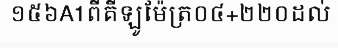
១៥៦A1ពីគីឡូម៉ែត្រ០៤+២២០ដល់